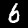
Digit: 6